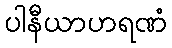
ပါနီယာဟရဏံ